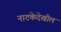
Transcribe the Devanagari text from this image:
नाटकेदेखील